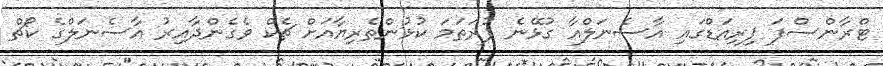
ޓްރާންސްފަ ޕިރިއަޑްގައި އާސެނަލްއާ ގުޅޭނެ ފުރަތަމަ ކުޅުންތެރިޔާއަށް ޗެކް ވެގެންދާއިރު އާސެނަލްގެ ކޯޗް